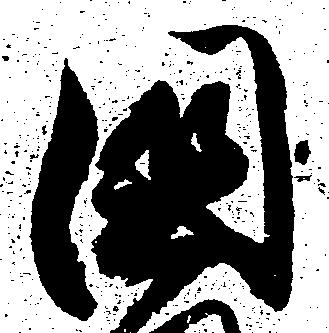
国